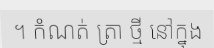
។ កំណត់ ត្រា ថ្មី នៅក្នុង